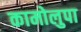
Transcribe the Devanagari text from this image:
कामोलुपा